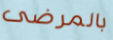
بالمرضى